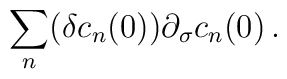
\sum\limits_n (\delta c_n(0)) \partial_\sigma c_n (0)\,.